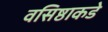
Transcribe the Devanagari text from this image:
वसिष्ठाकडे